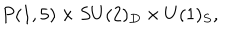
P ( 1 , 5 ) \times S U ( 2 ) _ { D } \times U ( 1 ) _ { S } ,